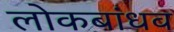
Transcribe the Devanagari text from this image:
लोकबांधव